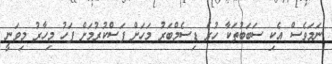
ނަމަވެސް އެކި ސަބަބުތަކާ ހުރެ ޑިސެމްބަރު މަހަށް ފަސްކުރުމަށް ފަހު މިހާރު މިވަނީ